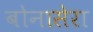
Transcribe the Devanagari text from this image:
बोनासेरा